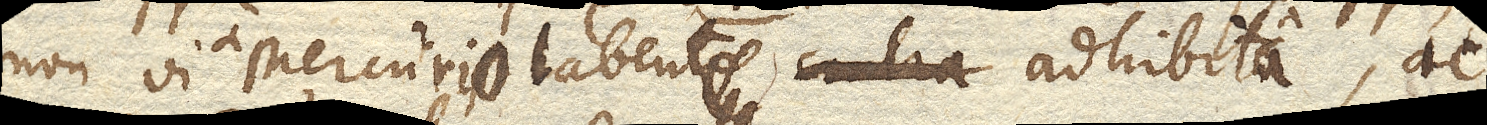
non vi a Mercurio labente contra adhibita, ac